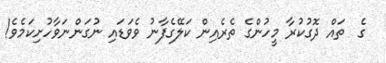
ގެ  ތައް ދޮގުކުރާ މީހުންގެ ތެރެއިން ކަލޭގެފާނު ވެވަޑައި ނުގަންނަވާހުށިކަމެވެ!